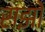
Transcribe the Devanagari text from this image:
सझो